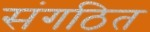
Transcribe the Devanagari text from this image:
संगठित